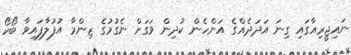
ނައިޖީރިއާގައި ގިނަ އަދަދެއްގެ އަންހެން ކުދިން ވަގަށް ނެގުމުގެ ޒިންމާ އުފުލާފައިވާ ބޯކޯ